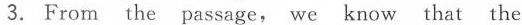
3. From the passage, we know that the